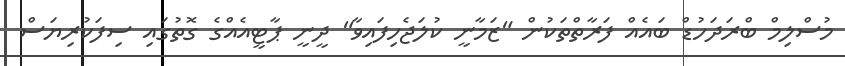
މުސްލިމް ބްރަދަހުޑް ބައެއް ފަރާތްތަކުން "ޒަމާނީ ކުލަޖެހިފައިވާ" ދީނީ ޕާޓީއެއްގެ ގޮތުގައި ސިފަކުރިޔަސް